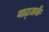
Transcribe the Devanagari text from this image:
वाट्ज़के